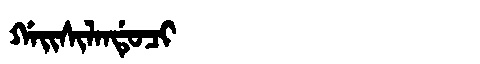
Manchu: ᡤᠠᡳᠰᡳᠯᠠᠨᡩᡠᠴᡳ
Romanization: GAISILANDUCI